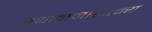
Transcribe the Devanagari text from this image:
स्थानमाहात्म्य